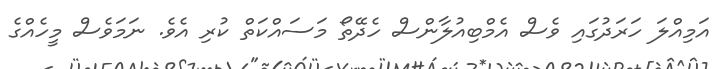
އަމިއްލަ ހަރަދުގައި ވެސް އެމްބިއުލާންސް ހެދޭތޯ މަސައްކަތް ކުރި އެވެ. ނަމަވެސް މީހެއްގެ